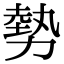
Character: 勢